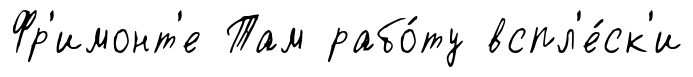
Фр'имонт'е Там рабо́ту вспл'е́ск'и